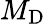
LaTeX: M_{\mathrm{D}}